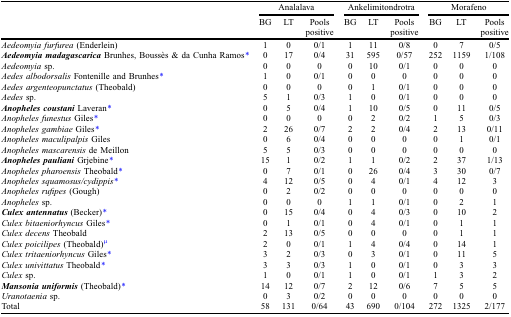
<table><thead><tr><td></td><td colspan="3"><b>Analalava</b></td><td colspan="3"><b>Ankelimitondrotra</b></td><td colspan="3"><b>Morafeno</b></td></tr><tr><td></td><td><b>BG</b></td><td><b>LT</b></td><td><b>Pools positive</b></td><td><b>BG</b></td><td><b>LT</b></td><td><b>Pools positive</b></td><td><b>BG</b></td><td><b>LT</b></td><td><b>Pools positive</b></td></tr></thead><tbody><tr><td><i>Aedeomyia furfurea</i> (Enderlein)</td><td>1</td><td>0</td><td>0/1</td><td>1</td><td>11</td><td>0/8</td><td>0</td><td>7</td><td>0/5</td></tr><tr><td><b><i>Aedeomyia madagascarica</i></b> Brunhes, Boussès &amp; da Cunha Ramos*</td><td>0</td><td>17</td><td>0/4</td><td>31</td><td>595</td><td>0/57</td><td>252</td><td>1159</td><td>1/108</td></tr><tr><td><i>Aedeomyia</i> sp.</td><td>0</td><td>0</td><td>0</td><td>0</td><td>10</td><td>0/1</td><td>0</td><td>0</td><td>0</td></tr><tr><td><i>Aedes albodorsalis</i> Fontenille and Brunhes*</td><td>1</td><td>0</td><td>0/1</td><td>0</td><td>0</td><td>0</td><td>0</td><td>0</td><td>0</td></tr><tr><td><i>Aedes argenteopunctatus</i> (Theobald)</td><td>0</td><td>0</td><td>0</td><td>0</td><td>1</td><td>0/1</td><td>0</td><td>0</td><td>0</td></tr><tr><td><i>Aedes</i> sp.</td><td>5</td><td>1</td><td>0/3</td><td>1</td><td>0</td><td>0/1</td><td>0</td><td>0</td><td>0</td></tr><tr><td><b><i>Anopheles coustani</i></b> Laveran*</td><td>0</td><td>5</td><td>0/4</td><td>1</td><td>10</td><td>0/5</td><td>0</td><td>11</td><td>0/5</td></tr><tr><td><i>Anopheles funestus</i> Giles*</td><td>0</td><td>0</td><td>0</td><td>0</td><td>2</td><td>0/2</td><td>1</td><td>5</td><td>0/3</td></tr><tr><td><i>Anopheles gambiae</i> Giles*</td><td>2</td><td>26</td><td>0/7</td><td>2</td><td>2</td><td>0/4</td><td>2</td><td>13</td><td>0/11</td></tr><tr><td><i>Anopheles maculipalpis</i> Giles</td><td>0</td><td>6</td><td>0/4</td><td>0</td><td>0</td><td>0</td><td>0</td><td>1</td><td>0/1</td></tr><tr><td><i>Anopheles mascarensis</i> de Meillon</td><td>5</td><td>5</td><td>0/3</td><td>0</td><td>0</td><td>0</td><td>0</td><td>0</td><td>0</td></tr><tr><td><b><i>Anopheles pauliani</i></b> Grjebine*</td><td>15</td><td>1</td><td>0/2</td><td>1</td><td>1</td><td>0/2</td><td>2</td><td>37</td><td>1/13</td></tr><tr><td><i>Anopheles pharoensis</i> Theobald*</td><td>0</td><td>7</td><td>0/1</td><td>0</td><td>26</td><td>0/4</td><td>3</td><td>30</td><td>0/7</td></tr><tr><td><i>Anopheles squamosus/cydippis</i>*</td><td>4</td><td>12</td><td>0/5</td><td>0</td><td>4</td><td>0/1</td><td>4</td><td>12</td><td>3</td></tr><tr><td><i>Anopheles rufipes</i> (Gough)</td><td>0</td><td>2</td><td>0/2</td><td>0</td><td>0</td><td>0</td><td>0</td><td>0</td><td>0</td></tr><tr><td><i>Anopheles</i> sp.</td><td>0</td><td>0</td><td>0</td><td>1</td><td>1</td><td>0/1</td><td>0</td><td>2</td><td>1</td></tr><tr><td><b><i>Culex antennatus</i></b> (Becker)*</td><td>0</td><td>15</td><td>0/4</td><td>0</td><td>4</td><td>0/3</td><td>0</td><td>10</td><td>2</td></tr><tr><td><i>Culex bitaeniorhyncus</i> Giles*</td><td>0</td><td>1</td><td>0/1</td><td>0</td><td>4</td><td>0/1</td><td>0</td><td>1</td><td>1</td></tr><tr><td><i>Culex decens</i> Theobald</td><td>2</td><td>13</td><td>0/5</td><td>0</td><td>0</td><td>0</td><td>0</td><td>1</td><td>1</td></tr><tr><td><i>Culex poicilipes</i> (Theobald)μ</td><td>2</td><td>0</td><td>0/1</td><td>1</td><td>4</td><td>0/4</td><td>0</td><td>14</td><td>1</td></tr><tr><td><i>Culex tritaeniorhyncus</i> Giles*</td><td>3</td><td>2</td><td>0/3</td><td>0</td><td>3</td><td>0/1</td><td>0</td><td>11</td><td>5</td></tr><tr><td><i>Culex univittatus</i> Theobald*</td><td>3</td><td>3</td><td>0/3</td><td>1</td><td>0</td><td>0/1</td><td>0</td><td>3</td><td>3</td></tr><tr><td><i>Culex</i> sp.</td><td>1</td><td>0</td><td>0/1</td><td>1</td><td>0</td><td>0/1</td><td>1</td><td>3</td><td>2</td></tr><tr><td><b><i>Mansonia uniformis</i></b> (Theobald)*</td><td>14</td><td>12</td><td>0/7</td><td>2</td><td>12</td><td>0/6</td><td>7</td><td>5</td><td>5</td></tr><tr><td><i>Uranotaenia</i> sp.</td><td>0</td><td>3</td><td>0/2</td><td>0</td><td>0</td><td>0</td><td>0</td><td>0</td><td>0</td></tr><tr><td>Total</td><td>58</td><td>131</td><td>0/64</td><td>43</td><td>690</td><td>0/104</td><td>272</td><td>1325</td><td>2/177</td></tr></tbody></table>